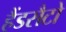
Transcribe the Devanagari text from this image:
हैंडसैटो